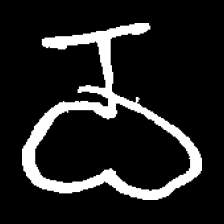
Pyu character \u2014 Myanmar letter: ဝ (romanized: wa)